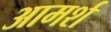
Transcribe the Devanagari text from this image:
आमर्श